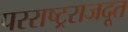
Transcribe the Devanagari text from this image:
परराष्ट्रराजदूत